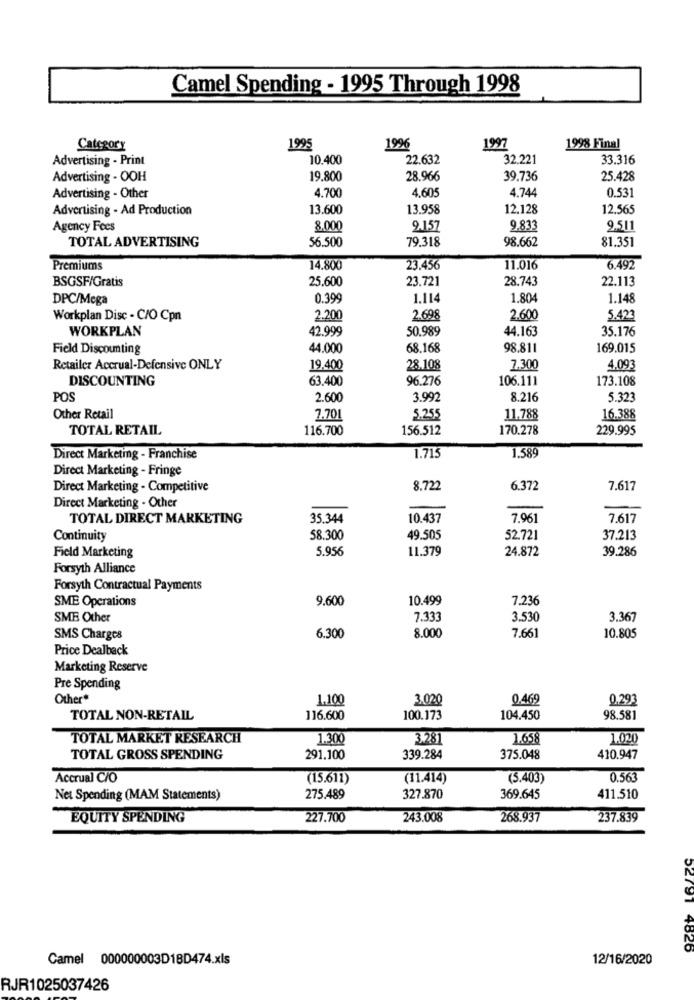
Camel Spending - 1995 Through 1998
Category
1995
1996
1997
1998 Final
Advertising - Print
10.400
22.632
32.221
33.316
Advertising - OOH
19.800
28.966
39.736
25.428
4.700
4.605
4.744
0.531
Advertising - Other
Advertising - Ad Production
13.600
13.958
12.128
12.565
Agency Fees
8.000
9.157
9.833
9.511
TOTAL ADVERTISING
56.500
79.318
98.662
81.351
Premiums
14.800
23.456
11.016
6.492
BSGSF/Gratis
25.600
23.721
28.743
22.113
DPC/Mega
0.399
1.114
1.804
1.148
Workplan Disc - C/O Cpn
2.200
2.698
2.600
5.423
WORKPLAN
42.999
50.989
44.163
35.176
Field Discounting
44.000
68.168
98.811
169.015
Retailer Accrual-Defensive ONLY
19.400
28.108
7.300
4.093
DISCOUNTING
63.400
96.276
106.111
173.108
POS
2.600
3.992
8.216
5.323
Other Retail
7.701
5.255
11.788
16.388
TOTAL RETAIL
116.700
156.512
170.278
229.995
Direct Marketing - Franchise
1.715
1.589
Direct Marketing - Fringe
Direct Marketing - Competitive
8.722
6.372
7.617
Direct Marketing - Other
TOTAL DIRECT MARKETING
35.344
10.437
7.961
7.617
Continuity
58.300
49.505
52.72
37.213
5.956
11.379
24.872
39.286
Field Marketing
Forsyth Alliance
Forsyth Contractual Payments
SME Operations
9.600
10.499
7.236
SME Other
7.333
3.530
3.367
6.300
7.661
SMS Charges
8.000
10.805
Price Dealback
Marketing Reserve
Pre Spending
Other*
1.100
3.020
0.469
0.293
TOTAL NON-RETAIL
116.600
100.173
104.450
98.581
TOTAL MARKET RESEARCH
1.300
3.281
1.658
1.020
TOTAL GROSS SPENDING
291.100
339.284
375.048
410.947
Accrual C/O
(15.611)
(11.414)
(5.403)
0.563
Net Spending (MAM Statements)
275.489
327.870
369.645
411.510
EQUITY SPENDING
227.700
243.008
268.937
237.839
52791 4826
Camel 000000003D18D474.xls
12/16/2020
RJR1025037426